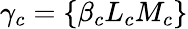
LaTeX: \gamma_{c}=\{ \beta_{c}L_{c}M_{c}\}